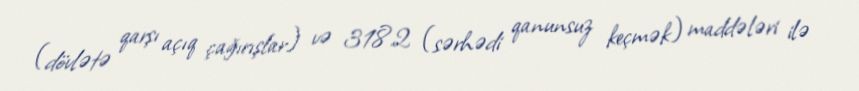
(dövlətə qarşı açıq çağırışlar) və 318.2 (sərhədi qanunsuz keçmək) maddələri ilə